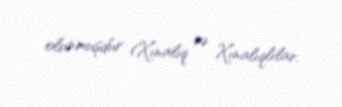
olunmuşdur (Xınalıq və Xınalıqlılar.